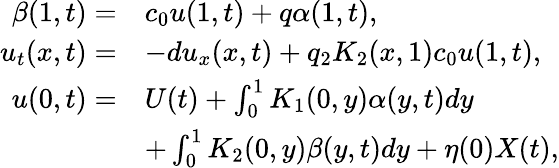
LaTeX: \begin{array}{rl}{\beta(1,t)=}&{c_{0}u(1,t)+q\alpha(1,t),}\\ {{u_{t}}(x,t)=}&{-d{u_{x}}(x,t)+q_{2}K_{2}(x,1)c_{0}u(1,t),}\\ {u(0,t)=}&{U(t)+\int_{0}^{1}K_{1}(0,y)\alpha(y,t)dy}\\ &{+\int_{0}^{1}K_{2}(0,y)\beta(y,t)dy+\eta(0){X}(t),}\end{array}